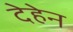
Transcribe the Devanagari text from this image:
देहेन